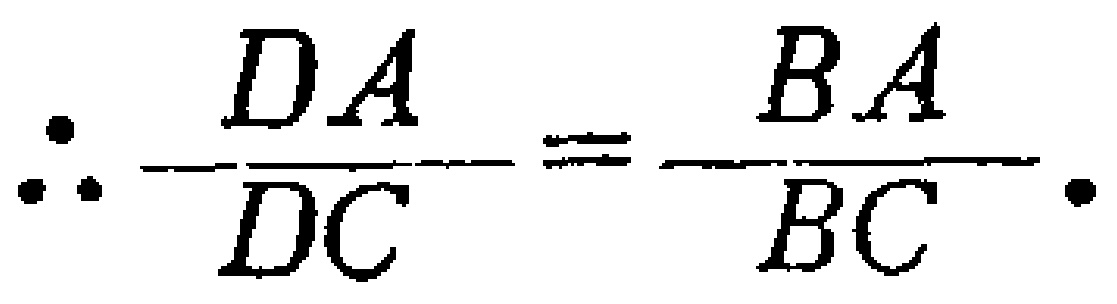
\(\therefore \dfrac{DA}{DC}=\dfrac{BA}{BC}.\)